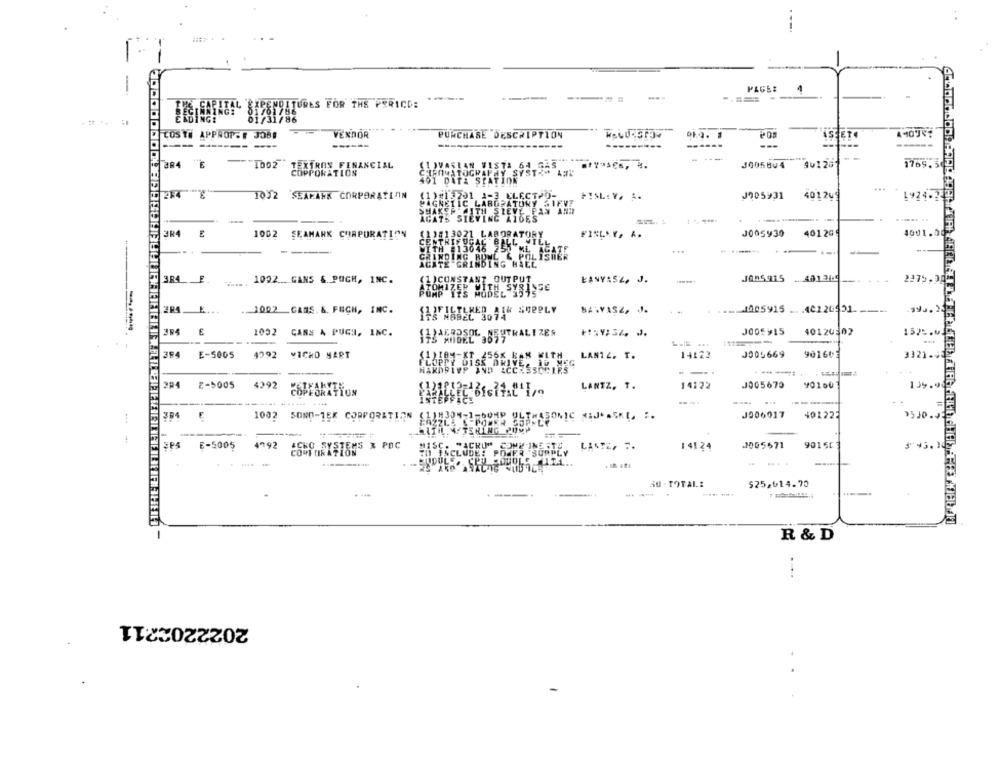
PAGE:
----
-----
---
E SARIEAL CIPENO TURES FOR THE PERICO:
01/01786
01/31/86
LOST# APPROPOE JOBS
VENDOR
PURCHASE DESCRIPTION
JETO
------
---
-
----
CBR4
1002 TEXTRON FINANCIAL
(I)VASIAN VISTA 64 GAS
JO058V4
COPPORATION
...
1002 SEAMANK CORPORATION
(1)#13291 1-3 ELECTPO-
FISL:Y, A.
J905931
40124
1924-25
PAGNETIC LABORATONY SIEVE
SHAKEFR ITH SIEVE PAN AND
ACATS SIEVING AIDES
..... ..
3R4
1002 SEAMARK CORPORATION
FINLAY, A.
J005930
401209
4001.00
384E.
1092.GANS & POCH, INC.
EANVASZ, J.
J005915
2275.3
284.
.. 1002 CANS. &. FECH, INC.
SAWYASZ, J.
. .... 1005915 ... . 402 20551.
E
1032
CANS A PUGH, INC.
AEROSOL NEUTRALIZES
J005915
40120502
1525
S MIDEL 3077
394
E-5005
4992 VICHO MART
XIBM-XT Z56X BAR WITH
LANTZ. T.
14122
J005669
901603
3321
OPTY DISK DRIVE, ID MEG
UIS
---
2-$005
4292
LANTZ, 1.
14122
J005670
y01ou
139.9
COPEORATIO
9510.
384
1002 SONO-1ER CORPORATION
MAZZLA & POWER SUPPLY
(1)8304-1-60MP ULTRASONIC <IJ ** S. :
J006017
401222
MISC. "ACRU" COMM INE ITS
9015C
SPS
E-5005
4792 ACHO SY
TO INCLUDE: POWER SUPPLY
LISTE. ..
14124
J005671
SUDULE, CPU
SU - TOTAL:
$25,614.70
-
R & D
2022202211